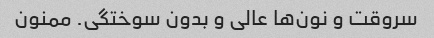
سروقت و نون‌ها عالی و بدون سوختگی. ممنون